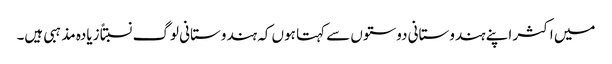
میں اکثر اپنے ہندوستانی دوستوں سے کہتا ہوں کہ ہندوستانی لوگ نسبتاً زیادہ مذہبی ہیں۔